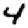
Digit: 4